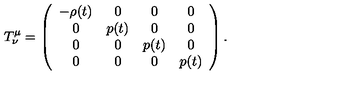
T _ { \nu } ^ { \mu } = \left( \begin{array} { c c c c } { - \rho ( t ) } & { 0 } & { 0 } & { 0 } \\ { 0 } & { p ( t ) } & { 0 } & { 0 } \\ { 0 } & { 0 } & { p ( t ) } & { 0 } \\ { 0 } & { 0 } & { 0 } & { p ( t ) } \\ \end{array} \right) .